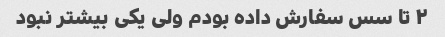
۲ تا سس سفارش داده بودم ولی یکی بیشتر نبود